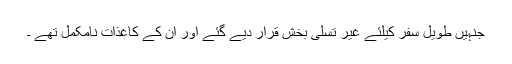
جنہیں طویل سفر کیلئے غیر تسلی بخش قرار دیے گئے اور اُن کے کاغذات نامکمل تھے ۔